Annual statistical returns and brief notes on vaccination in Bengal - 1896-1909
Year: 1896
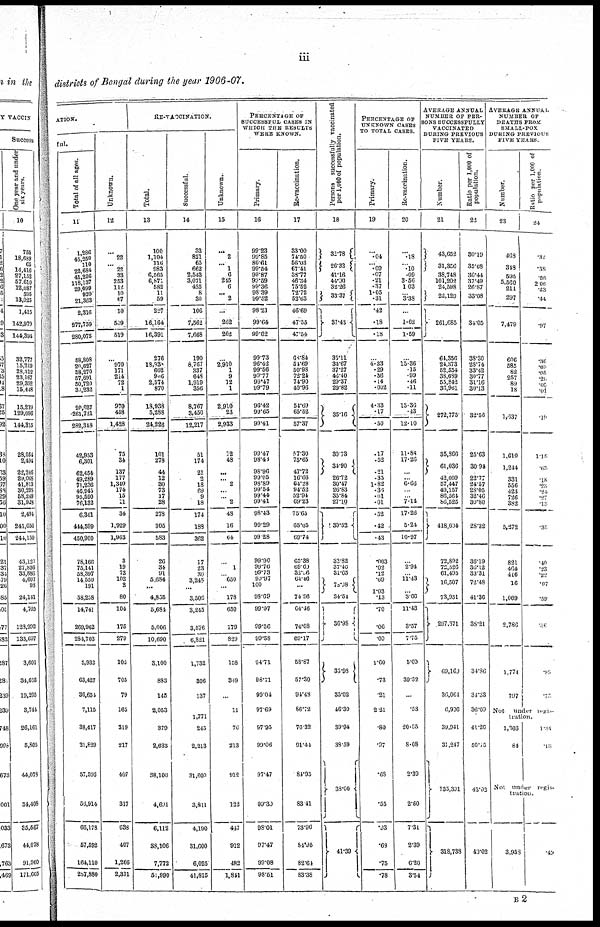
iii
districts of Bengal during the year 1906-07.
ATION.
ful.
Total of all ages.
11
1,286
45,250
110
22,684
41,226
118,137
29,099
920
21,363
2,316
277,759
280,075
58,808
20,627
58,270
57,691
50,720
34,232
20,627
261,721
282,348
42,953
6,301
62,454
49,289
71,236
46,945
95,590
76,132
6,301
444,599
450,900
78,166
75,141
58,397
14,550
191
58,258
14,741
269,962
284,703
5,932
63,427
36,654
7,115
38,417
21,829
57,592
56,914
66,178
57,592
164,110
287,880
Unknown.
12
...
22
... 22
33
253
112 10
67
10
509
519
...
970
171
214
72
1
970
458
1,428
75
34
137
177
1,340
174
15
11
34
1,929
1,963
3
19
73
102
2
80
104
175
279
102
705
79
165
319
217
407
317
638
407
1,266
2,311
RE-VACCINATION.
Total.
13
100
1,104
116
983
6,565
6,871
582
11
59
227
16,164
16,391
276
l8,938
662
906
2,574
870
18,938
5,288
24,226
101
278
44
12
30
73
17
28
278
305
583
26
34
91
5,684
...
4,855
5,684
5,006
10,690
3,100
883
145
2,053
379
2,633
38,106
4,691
6,112
38,106
7,772
51,990
Successful.
14
33
821
65
662
2,543
3,071
435
8
30
106
7,562
7,668
190
8,767
337
648
1,919
356
8,767
3,450
12,217
51
174
21
2
18
69
9
18
174
188
362
17
23
30
3,245
...
3,506
3,245
3,576
6,821
1,732
306
137
1,771
245
2,213
31,600
3,811
4,190
31,600
6,025
41,815
Unknown..
15
...
2
... 1
6
215
6
... 2
...
262
262
...
2,910
1
9
12
1
2,910
23
2,933
12
48
...
... 2
...
... 2
48
16
64
...
1
... 650
...
178
650
179
829
158
349
...
11
70
213
912
122
447
912
482
1,841
PERCENTSGE OF
SUCCESSFUL CASES IS
WHICH THE RESULTS
WERE KNOWN.
Primary.
16
99.23
99.85
86.61
99.54
99.87
99.59
99.36
98.39
99.52
98.21
99.64
99.62
99.73
96.42
99.56
99.77
99.47
99.79
96.42
99.65
99.41
99.47
98.43
98.96
99.05
98.89
99.54
99.44
99.41
98.43
99.29
99.28
99.90
99.76
99.73
90.97
100
98.69
99.97
99.56
99.58
94.71
98.71
99.04
97.69
97.95
99.06
97.47
99.30
98.01
97.47
99.08
98.51
Re-vaccination.
17
33.00
74.50
56.03
67.41
38.77
46.34
75.52
72.72
52.63
46.69
47.55
47.54
68.84
54.69
50.98
72.24
74.90
40.96
54.69
65.52
57.37
57.30
75.65
47.72
16.66
64.28
94.52
52.94
69.23
75.65
65.05
69.74
65.38
69.69
32.06
64.16
...
74.96
64.46
74.08
69.17
58.87
57.30
94.48
86.72
76.32
91.44
84.93
83.41
73.96
84.95
82.64
83.38
Persons successfully vaccinated
per 1,000 of population.
18
32.78
26.32
41.16
44.90
32.26
33.37
37.43
35.11
34.67
37.27
46.40
29.37
29.82
35.16
30.73
34.90
26.72
30.47
26.83
35.84
27.10
30.52
33.82
37.40
31.65
78.08
34.54
36.98
33.98
35.02
46.30
39.94
38.59
38.60
41.39
PERCENTAGE OF
UNKNOWN CASES
TO TOTAL CASES.
Primary.
19
...
.04
... .09
.07
.21
.37
1.05
.31
.42
.18
.18
...
4.33
.29
.36
.14
.002
4.33
.17
.50
.17
.52
.21
.35
1.82
.36
.01
.01
.52
.42
.43
.003
.02
.12
.69
1.03
.13
.70
.06
.09
1.60
.73
.21
2.21
.80
.97
.68
.55
.93
.68
.75
.78
Re-vaccination.
20
...
.18
... .10
.09
3.56
1.03
... 3.38
...
1.62
1.59
...
15.36
.15
.99
.46
.11
15.36
.43
12.10
11.88
17.26
...
...
6.66
...
... 7.14
17.26
5.24
10.97
...
2.94
... 11.43
...
3.66
11.43
3.57
7.75
5.00
39.52
...
.53
20.05
8.08
2.39
2.60
7.31
2.39
6.20
3.54
AVERAGE ANNUAL
NUMBER OF PER-
SONS SUCCESSFULLY
VACCINATED
DURING PREVIOUS
FIVE YEARS.
Number.
21
43,652
31,356
38,748
101,202
24,598
22,129
261,685
64,356
24,373
52,554
38,689
55,842
36,961
272,775
35,866
64,036
42,009
57,447
49,157
86,564
86,525
418,604
72,892
72,526
61,495
16,507
73,951
297,371
69,160
36,064
6,926
39,941
31,247
135,391
318,738
Ratio per 1,000 of
population.
22
30.19
35.08
36.44
37.49
26.87
33.08
34.05
38.30
28.74
33.42
30.77
31.16
30.13
32.56
25.63
30.94
22.77
24.57
28.05
32.46
30.80
28.32
36.19
36.12
33.31
72.48
41.36
38.21
34.86
34.33
36.00
41.26
50.15
43.02
40.02
AVERAGE ANNUAL
NUMBER OF
DEATHS FROM
SMALL-POX
DURING PERVIOUS
FIVE YEARS.
Number.
23
468
348
595
5,560
211
297
7,479
606
585
82
257
89
18
1,637
1,610
1,244
331
556
428
726
382
5,272
821
464
416
16
1,069
2,786
1,774
797
Ratio per 1,000 of
population.
24
.32
.38
.56
2.06
.23
.44
.97
.36
.69
.05
.20
.05
.01
.19
1.15
.68
.18
.23
.24
.27
.13
.35
.40
.23
.22
.07
.59
.86
.89
.75
Not under regis¬
tration.
1,303
84
1.34
.18
Not under regis-
tration.
3,958
.49
B2